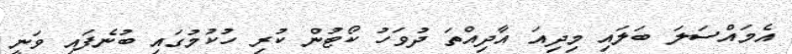
އެމައްސަލަ ބަލައި މިދިއަ އާދިއްތަ ދުވަހު ކޯޓުން ކުރި ހުކުމުގައި ބުނެފައި ވަނީ